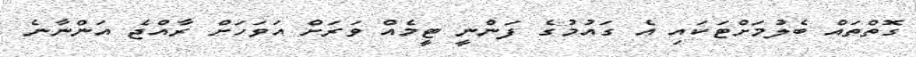
ގޮތްތައް ބެލުމަށްޓަކައި އެ ގައުމުގެ ފަންނީ ޓީމެއް ވަރަށް އަވަހަށް ރާއްޖެ އަންނާނެ